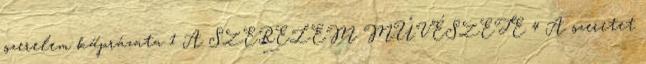
szerelem káprázata 1 A SZERELEM MŰVÉSZETE 4 A szeretet